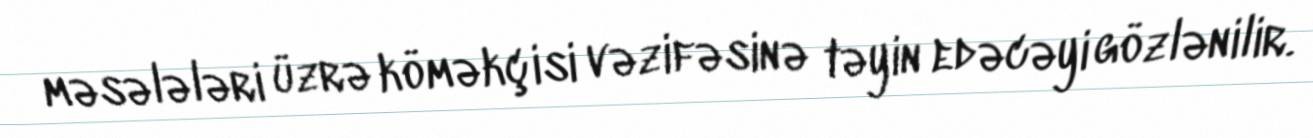
məsələləri üzrə köməkçisi vəzifəsinə təyin edəcəyi gözlənilir.